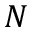
N